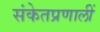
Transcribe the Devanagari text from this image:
संकेतप्रणालीं